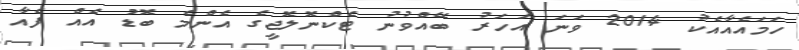
ހަމައެއާއެކު 2014 ވަނަ އަހަރު ބޭއްވުނު ޓެކްނޮލޮޖީގެ އެންމެ ބޮޑު އެއް ފެއާ